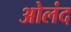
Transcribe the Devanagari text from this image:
ओलंद